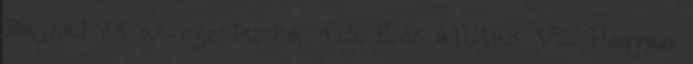
Bajnai és az ugródeszka 473. Erős állítás V2. Hogyan